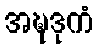
အဍ္ဎဒုကံ